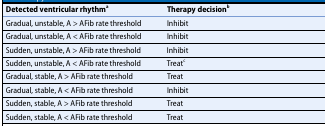
<table><thead><tr><td><b>Detected ventricular rhythm<sup>a</sup></b></td><td><b>Therapy decision<sup>b</sup></b></td></tr></thead><tbody><tr><td>Gradual, unstable, A &gt; AFib rate threshold</td><td>Inhibit</td></tr><tr><td>Gradual, unstable, A &lt; AFib rate threshold</td><td>Inhibit</td></tr><tr><td>Sudden, unstable, A &gt; AFib rate threshold</td><td>Inhibit</td></tr><tr><td>Sudden, unstable, A &lt; AFib rate threshold</td><td>Treat<sup>c</sup></td></tr><tr><td>Gradual, stable, A &gt; AFib rate threshold</td><td>Treat</td></tr><tr><td>Gradual, stable, A &lt; AFib rate threshold</td><td>Inhibit</td></tr><tr><td>Sudden, stable, A &gt; AFib rate threshold</td><td>Treat</td></tr><tr><td>Sudden, stable, A &lt; AFib rate threshold</td><td>Treat</td></tr></tbody></table>